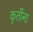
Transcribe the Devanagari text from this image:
कृतींना